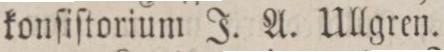
konſiſtorium J. A. Ullgren.